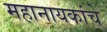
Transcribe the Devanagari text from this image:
महानायकांचे